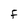
Character: f